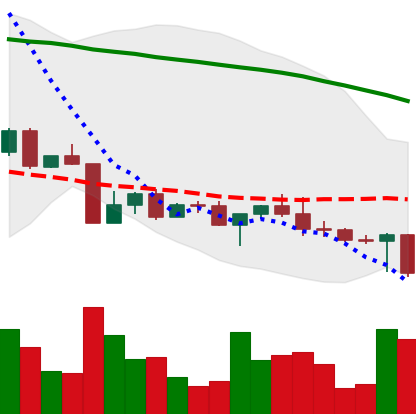
Ticker: ADA-USD
Chart end date: 2022-04-26
Forward return: -4.507%
Label: down_3_5